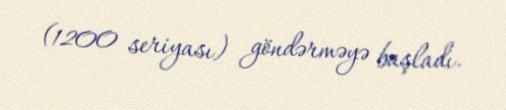
(1200 seriyası) göndərməyə başladı.